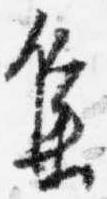
集